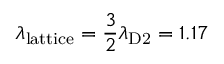
\lambda _ { \mathrm { l a t t i c e } } = \frac { 3 } { 2 } \lambda _ { \mathrm { D 2 } } = 1 . 1 7